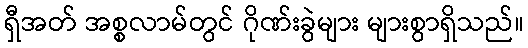
ရှီအတ် အစ္စလာမ်တွင် ဂိုဏ်းခွဲများ များစွာရှိသည်။